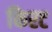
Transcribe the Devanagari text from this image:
किरट